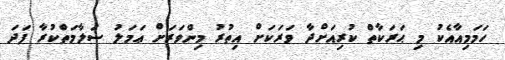
ހަމަމިއާއެކު މި ޙަރަކާތް ކުރިއަށްދާ ވަރަކަށް އިތުރު މިންވަރަށް ޢަމަލު ސަލާމަތްކުރާ ފަދަ